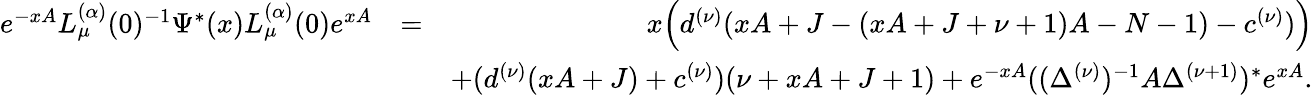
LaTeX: \begin{array}{rlr}{e^{-xA}L_{\mu}^{(\alpha)}(0)^{-1}\Psi^{\ast}(x)L_{\mu}^{(\alpha)}(0)e^{xA}}&{=}&{x\Big(d^{(\nu)}(xA+J-(xA+J+\nu+1)A-N-1)-c^{(\nu)})\Big)}\\ &{}&{+(d^{(\nu)}(xA+J)+c^{(\nu)})(\nu+xA+J+1)+e^{-xA}((\Delta^{(\nu)})^{-1}A\Delta^{(\nu+1)})^{\ast}e^{xA}.}\end{array}